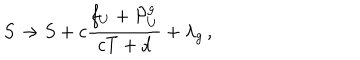
LaTeX: S \rightarrow S + c \frac { f _ { U } + { \cal P } _ { U } ^ { g } } { c T + d } + \lambda _ { g } \, ,